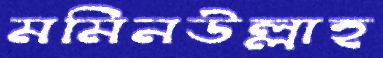
মমিনউল্লাহ